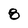
Character: 8